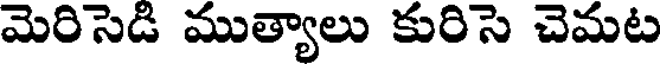
మెరిసెడి ముత్యాలు కురిసె చెమట